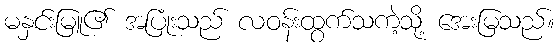
မနှင်းမြူ၏ အပြုံးသည် လဝန်းထွက်သကဲ့သို့ အေးမြသည်။